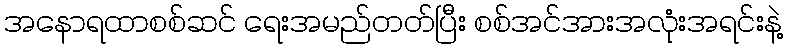
အနောရထာစစ်ဆင် ရေးအမည်တတ်ပြီး စစ်အင်အားအလုံးအရင်းနဲ့